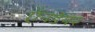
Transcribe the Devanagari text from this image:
ऍनडेयर